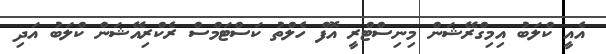
އެއީ ކްލަބު އިމިގްރޭޝަން މިނިސްޓްރީ އޮފް ހެލްތު ކަސްޓަމްސް ރެކްރިއޭޝަން ކްލަބު އަދި